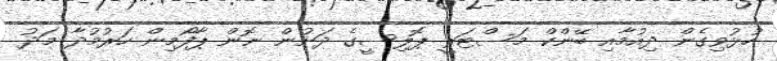
ހުޅުވިގެން ދިއުމާއި ބޭންކް މަސްޓަރީ ޕޮލިސީގެ ދަށުން ނޮން ޕާފޯމިން ހަރުމުދާ މަދު